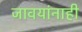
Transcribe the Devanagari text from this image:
जावयांनाही